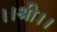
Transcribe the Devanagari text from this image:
।।श्री।।